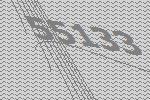
55133